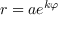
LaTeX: \; r = a e ^ { k \varphi }